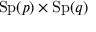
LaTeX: \mathrm { S p } ( p ) \times \mathrm { S p } ( q )